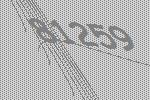
81259